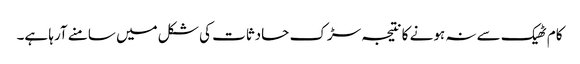
کام ٹھیک سے نہ ہونے کا نتیجہ سڑک حادثات کی شکل میں سامنے آرہا ہے۔